Vaccination Hyderabad 1890-1903 - 1890-1903
Year: 1890
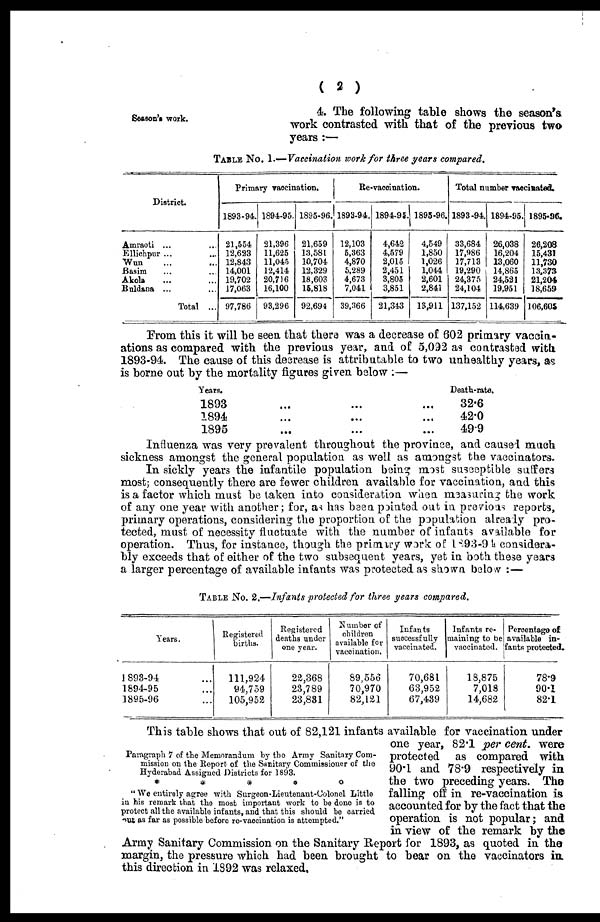
( 2 )
Season's work.
4. The following table shows the season's
work contrasted with that of the previous two
years :—
TABLE No. 1.—Vaccination work for three years compared.
District.
Amraoti ... ...
Ellichpur ... ...
Wun ... ...
Basim ... ...
Akola ... ...
Buldana ... ...
Total ...
Primary vaccination.
1893-94.
21,554
12,623
12,843
14,001
19,702
17,063
97,786
1894-95.
21,396
11,625
11,045
12,414
20,716
16,100
93,296
1895-96.
21,659
13,581
10,704
12,329
18,603
15,818
92,694
Re-vaccination.
1893-94.
12,103
5,363
4,870
5,289
4,673
7,041
39,366
1894-95.
4,642
4,579
2,015
2,451
3,805
3,851
21,343
1895-96.
4,549
1,850
1,026
1,044
2,601
2,841
13,911
Total number vaccinated.
1893-94.
33,684
17,986
17,713
19,290
24,375
24,104
137,152
1894-95.
26,038
16,204
13,060
14,865
24,521
19,951
114,639
1895-96.
26,208
15,431
11,730
13,373
21,204
18,659
106,605
From this it will be seen that there was a decrease of 602 primary vaccin-
ations as compared with the previous year, and of 5,092 as contrasted with
1893-94. The cause of this desrease is attributable to two unhealthy years, as
is borne out by the mortality figures given below :—
Years.
1893
...
...
...
1894 ... ... ...
1895 ... ... ...
Death-rate.
32.6
42.0
49.9
Influenza was very prevalent throughout the province, and caused much
sickness amongst the general population as well as amongst the vaccinators.
In sickly years the infantile population being most susceptible suffers
most; consequently there are fewer children available for vaccination, and this
is a factor which must be taken into consideration when measuring the work
of any one year with another; for, as has been pointed out in previous reports,
primary operations, considering the proportion of the population already pro-
tected, must of necessity fluctuate with the number of infants available for
operation. Thus, for instance, though the primary work of 1893-94 considera-
bly exceeds that of either of the two subsequent years, yet in both these years
a larger percentage of available infants was protected as shown below :—
TABLE No. 2.—Infants protected for three years
compared.
Years.
1893-94 ...
1894-95 ...
1895-96 ...
Registered
births.
111,924
94,759
105,952
Registered
deaths under
one year.
22,368
23,789
23,881
Number of
children
available for
vaccination.
89,556
70,970
82,121
Infants
successfully
vaccinated.
70,681
63,952
67,439
Infants re-
maining to be
vaccinated.
18,875
7,018
14,682
Percentage of
available in-
fants protected.
78.9
90.1
82.1
Paragraph 7 of the Memorandum by the Army Sanitary Com-
mission on the Report of the Sanitary Commissioner of the
Hyderabad Assigned Districts for 1893.
*
*
*
*
*
" We entirely agree with Surgeon-Lieutenant-Colonel Little
in his remark that the most important work to be done is to
protect all the available infants, and that this should be carried
out as far as possible before re-vaccination is attempted."
This table shows that out of 82,121 infants available for vaccination under
one year, 82.1 per cent. were
protected as compared with
90.1 and 78.9 respectively in
the two preceding years. The
falling off in re-vaccination is
accounted for by the fact that the
operation is not popular; and
in view of the remark by the
Army Sanitary Commission on the Sanitary Report for 1893, as quoted in the
margin, the pressure which had been brought to bear on the vaccinators in.
this direction in 1892 was relaxed.